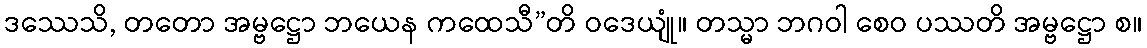
ဒဿေသိ, တတော အမ္ဗဋ္ဌော ဘယေန ကထေသီ”တိ ဝဒေယျုံ။ တသ္မာ ဘဂဝါ စေဝ ပဿတိ အမ္ဗဋ္ဌော စ။